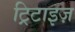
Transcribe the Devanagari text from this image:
ट्रिटाइज़